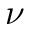
\nu